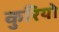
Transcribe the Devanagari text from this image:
कुरियो